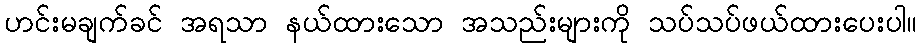
ဟင်းမချက်ခင် အရသာ နယ်ထားသော အသည်းများကို သပ်သပ်ဖယ်ထားပေးပါ။